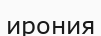
ирония